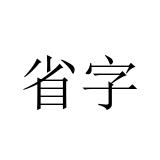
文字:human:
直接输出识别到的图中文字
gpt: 省字